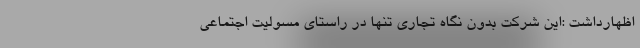
اظهارداشت :این شرکت بدون نگاه تجاری تنها در راستای مسولیت اجتماعی